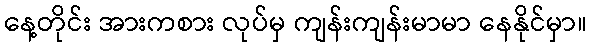
နေ့တိုင်း အားကစား လုပ်မှ ကျန်းကျန်းမာမာ နေနိုင်မှာ။